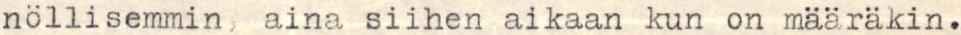
nöllisemmin, aina siihen aikaan kun on määräkin.